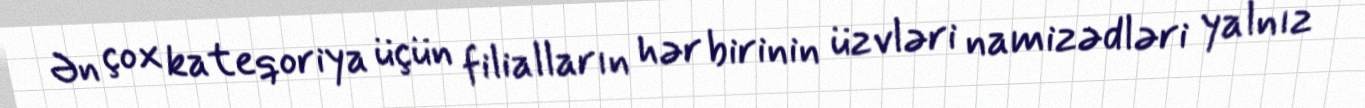
Ən çox kateqoriya üçün filialların hər birinin üzvləri namizədləri yalnız